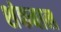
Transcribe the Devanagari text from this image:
शंकवाल